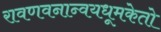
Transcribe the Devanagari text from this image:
रावणवनान्वयधूमकेतो